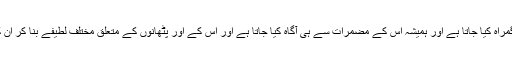
ہمیں اس سے متعلق گمراہ کیا جاتا ہے اور ہمیشہ اس کے مضمرات سے ہی آگاہ کیا جاتا ہے اور اس کے اور پٹھانوں کے متعلق مختلف لطیفے بنا کر ان کا مذاق اڑایا جاتا ہے۔